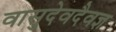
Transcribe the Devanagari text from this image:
वासुदेवदैवज्ञ